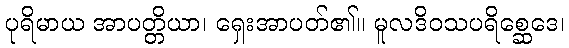
ပုရိမာယ အာပတ္တိယာ၊ ရှေးအာပတ်၏။ မူလဒိဝသပရိစ္ဆေဒေ၊